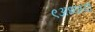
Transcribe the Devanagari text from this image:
९अध्यायों